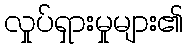
လှုပ်ရှားမှုများ၏